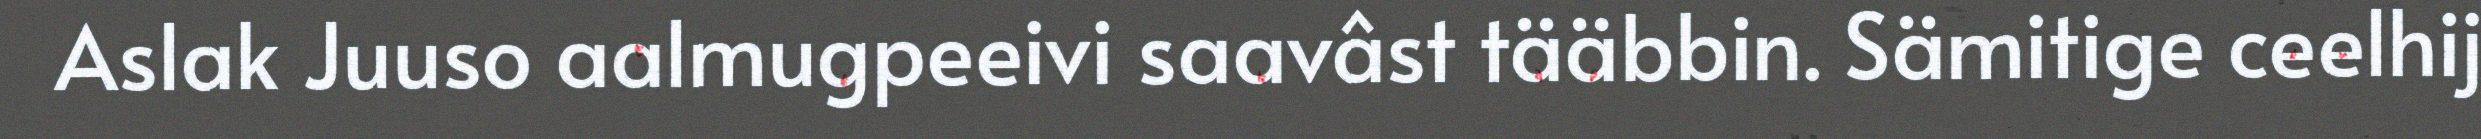
Aslak Juuso aalmugpeeivi saavâst tääbbin. Sämitige ceelhij